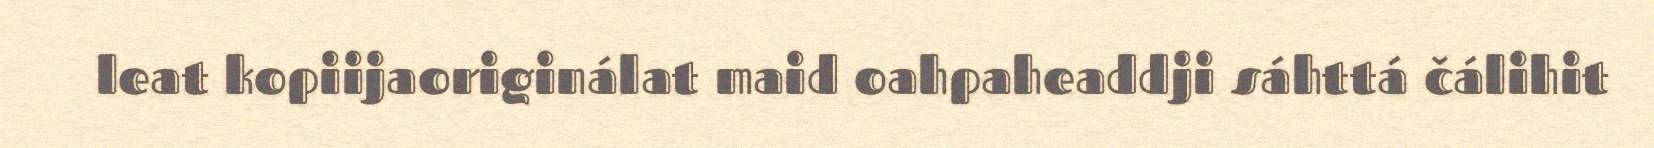
leat kopiijaoriginálat maid oahpaheaddji sáhttá čálihit